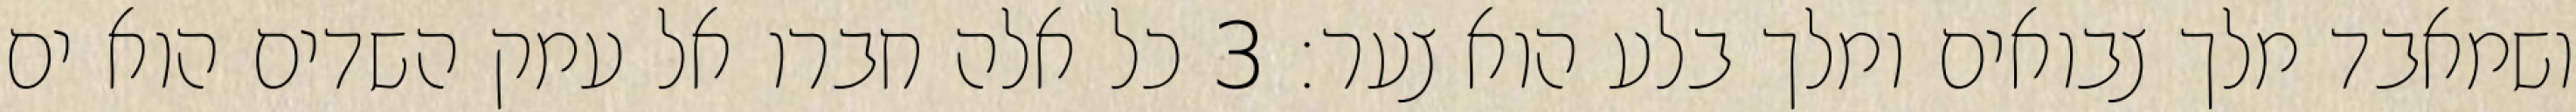
ושמאבד מלך צבואים ומלך בלע הוא צער׃ ‎3‏ כל אלה חברו אל עמק השדים הוא ים